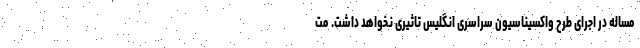
مساله در اجرای طرح واکسیناسیون سراسری انگلیس تاثیری نخواهد داشت. مت